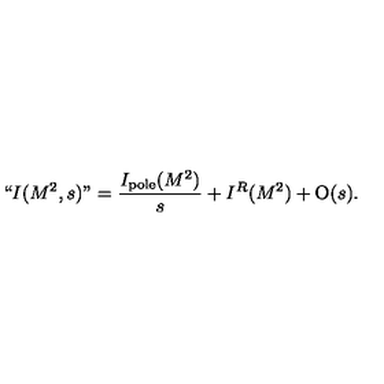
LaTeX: ` ` I ( M ^ { 2 } , s ) " = { \frac { I _ { \mathrm { p o l e } } ( M ^ { 2 } ) } { s } } + I ^ { R } ( M ^ { 2 } ) + { \mathrm { O } } ( s ) .